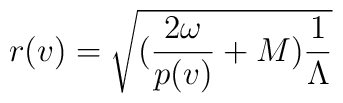
r(v) = \sqrt{( \frac{2 \omega}{p(v)} + M) \frac{1}{\Lambda}}